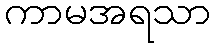
ကာမအရသာ